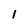
Character: 1